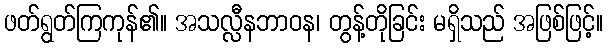
ဖတ်ရွတ်ကြကုန်၏။ အသလ္လီနဘာဝန၊ တွန့်တိုခြင်း မရှိသည် အဖြစ်ဖြင့်။